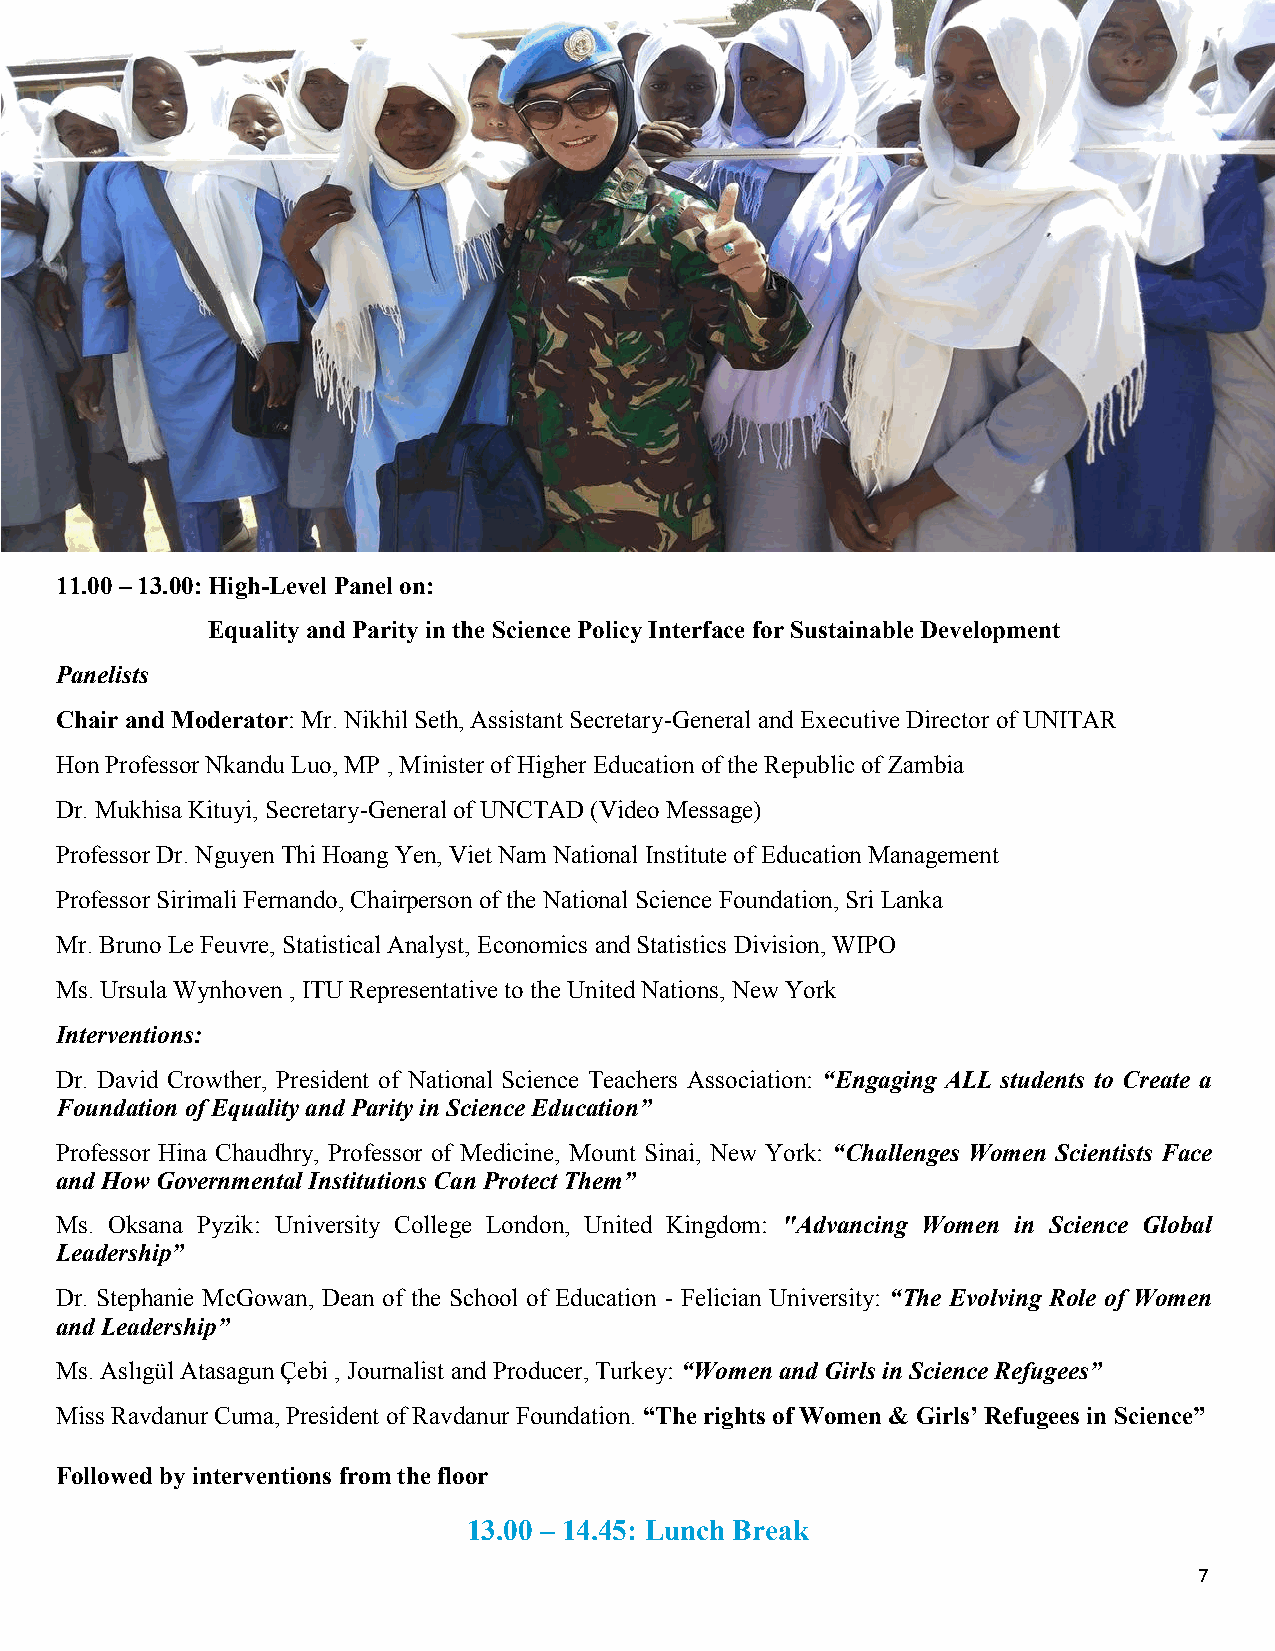
11.00 – 13.00: High-Level Panel on:
 Equality and Parity in the Science Policy Interface for Sustainable Development
 Panelists
 Chair and Moderator: Mr. Nikhil Seth, Assistant Secretary-General and Executive Director of UNITAR
 Hon Professor Nkandu Luo, MP , Minister of Higher Education of the Republic of Zambia
 Dr. Mukhisa Kituyi, Secretary-General of UNCTAD (Video Message)
 Professor Dr. Nguyen Thi Hoang Yen, Viet Nam National Institute of Education Management
 Professor Sirimali Fernando, Chairperson of the National Science Foundation, Sri Lanka
 Mr. Bruno Le Feuvre, Statistical Analyst, Economics and Statistics Division, WIPO
 Ms. Ursula Wynhoven , ITU Representative to the United Nations, New York
 Interventions:
 Dr. David Crowther, President of National Science Teachers Association: “Engaging ALL students to Create a
 Foundation of Equality and Parity in Science Education”
 Professor Hina Chaudhry, Professor of Medicine, Mount Sinai, New York: “Challenges Women Scientists Face
 and How Governmental Institutions Can Protect Them”
 Ms. Oksana Pyzik: University College London, United Kingdom: "Advancing Women in Science Global
 Leadership”
 Dr. Stephanie McGowan, Dean of the School of Education - Felician University: “The Evolving Role of Women
 and Leadership”
 Ms. Aslıgül Atasagun Çebi , Journalist and Producer, Turkey: “Women and Girls in Science Refugees”
 Miss Ravdanur Cuma, President of Ravdanur Foundation. “The rights of Women & Girls’ Refugees in Science”
 Followed by interventions from the floor
 13.00 – 14.45: Lunch Break
 7